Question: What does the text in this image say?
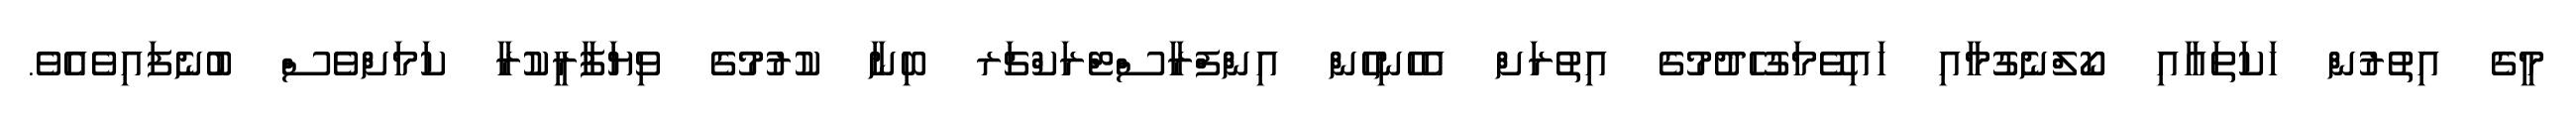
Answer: މީގެ އިތުރުން ހަކަތައާއި ކޯލްނެގުމާއި ހައިވޭމަގުހެދުމުގެ އިތުރަށް އެހެނިހެން އިންފްރާސްޓްރަކްޗަރ ބިނާ ކުރުމުގެ ވިޔަފާރީކުރާ ކަމަށްވެސް ބުނެފައިވެއެވެ.